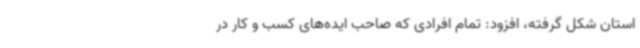
استان شکل گرفته، افزود: تمام افرادی که صاحب ایده‌های کسب و کار در